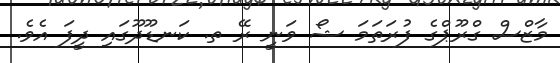
މާޒްސް ގްރޫޕްގެ ފުރަތަމަ ޝޯ ވަނީ ރޭ ތ. ކަނޑޫދޫގައި ދީފަ އެވެ.